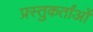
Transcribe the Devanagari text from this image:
प्रस्तुकर्तांओं